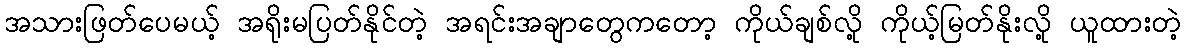
အသားဖြတ်ပေမယ့် အရိုးမပြတ်နိုင်တဲ့ အရင်းအချာတွေကတော့ ကိုယ်ချစ်လို့ ကိုယ့်မြတ်နိုးလို့ ယူထားတဲ့